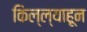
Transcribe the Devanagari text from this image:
किल्ल्याहून